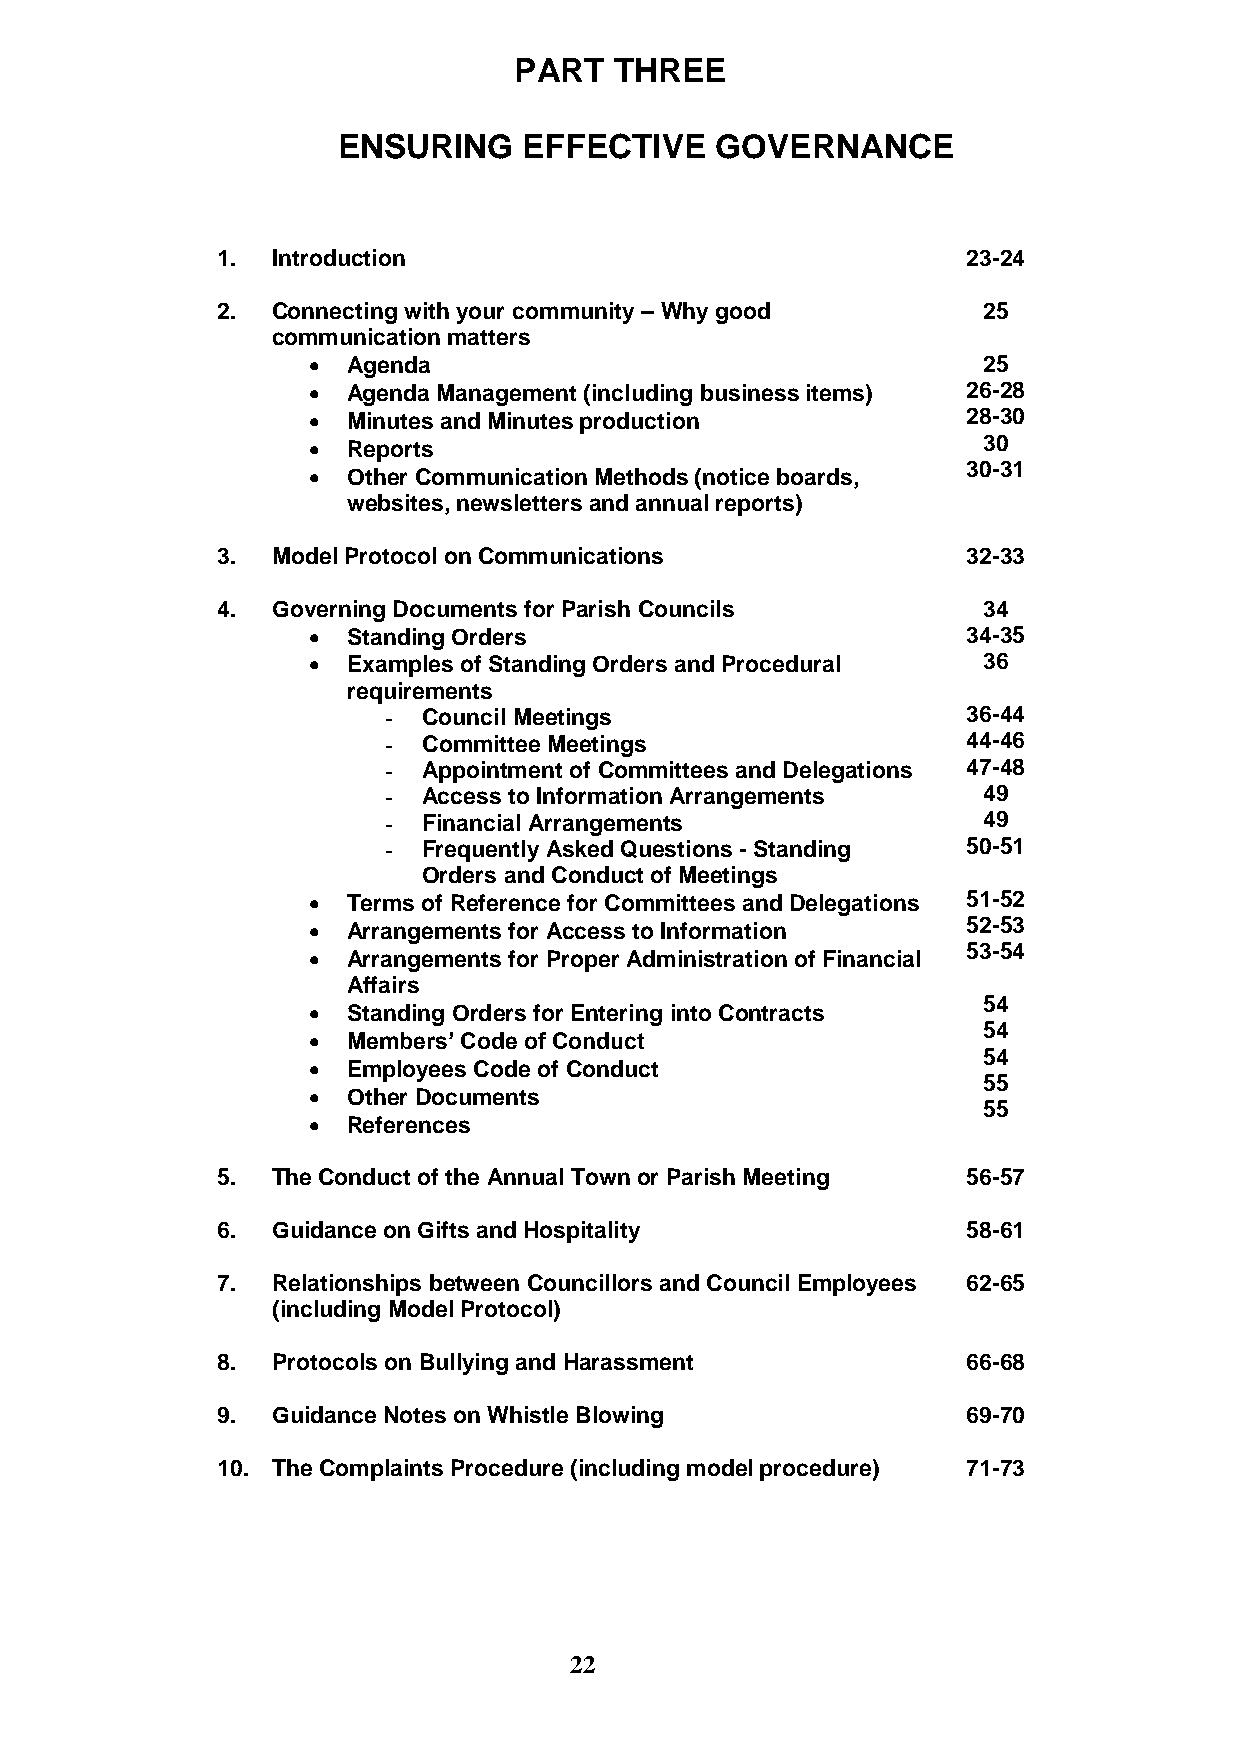
PART   THREE
 ENSURING     EFFECTIVE   GOVERNANCE
 1.  Introduction                                  23-24
 2.  Connecting with your community – Why good      25
 communication matters
   Agenda                                    25
   Agenda Management (including business items) 26-28
   Minutes and Minutes production           28-30
   Reports                                   30
 30-31
   Other Communication Methods (notice boards,
 websites, newsletters and annual reports)
 3.  Model Protocol on Communications              32-33
 4.  Governing Documents for Parish Councils        34
   Standing Orders                          34-35
   Examples of Standing Orders and Procedural 36
 requirements
 -  Council Meetings                    36-44
 -  Committee Meetings                  44-46
 -  Appointment of Committees and Delegations 47-48
 -  Access to Information Arrangements   49
 -  Financial Arrangements               49
 -  Frequently Asked Questions - Standing 50-51
 Orders and Conduct of Meetings
   Terms of Reference for Committees and Delegations 51-52
   Arrangements for Access to Information   52-53
 53-54
   Arrangements for Proper Administration of Financial
 Affairs
 54
   Standing Orders for Entering into Contracts
 54
   Members’ Code of Conduct
 54
   Employees Code of Conduct
 55
   Other Documents
 55
   References
 5.  The Conduct of the Annual Town or Parish Meeting 56-57
 6.  Guidance on Gifts and Hospitality             58-61
 7.  Relationships between Councillors and Council Employees 62-65
 (including Model Protocol)
 8.  Protocols on Bullying and Harassment          66-68
 9.  Guidance Notes on Whistle Blowing             69-70
 10. The Complaints Procedure (including model procedure) 71-73
 22